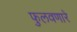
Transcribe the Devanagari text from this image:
फुलवणारे